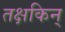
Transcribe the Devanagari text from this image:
तक्षकिन्